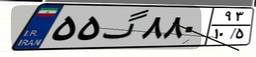
۹۵گ۳۵۴۲۳